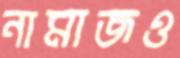
নামাজও